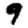
Digit: 9